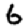
Digit: 6